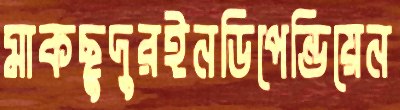
মাকছুদুরইনডিপেন্ডিয়েন